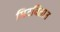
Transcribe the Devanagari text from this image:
मिटवितात